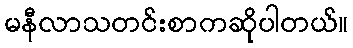
မနီလာသတင်းစာကဆိုပါတယ်။